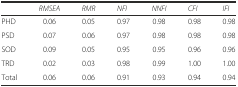
|  | RMSEA | RMR | NFI | NNFI | CFI | IFI |
 | --- | --- | --- | --- | --- | --- | --- |
 | PHD | 0.06 | 0.05 | 0.97 | 0.98 | 0.98 | 0.98 |
 | PSD | 0.07 | 0.06 | 0.97 | 0.98 | 0.98 | 0.98 |
 | SOD | 0.09 | 0.05 | 0.95 | 0.95 | 0.96 | 0.96 |
 | TRD | 0.02 | 0.03 | 0.98 | 0.99 | 1.00 | 1.00 |
 | Total | 0.06 | 0.06 | 0.91 | 0.93 | 0.94 | 0.94 |